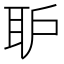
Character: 𱻸